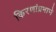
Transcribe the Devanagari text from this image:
किरणांप्रमाणे